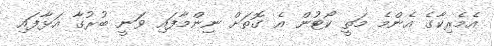
އެމެރިކާގެ އެންމެ މަތީ ކޯޓުން އެ ގޮތަށް ނިންމާފައި ވަަނީ ބުރުގާ އަޅާފައި